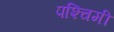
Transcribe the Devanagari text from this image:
पश्‍चिमी